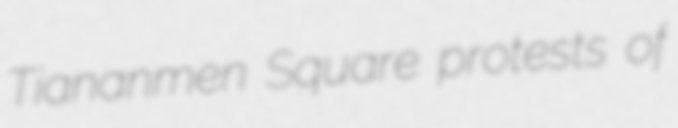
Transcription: Tiananmen Square protests of